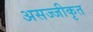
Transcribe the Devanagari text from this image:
असज्जीकृत